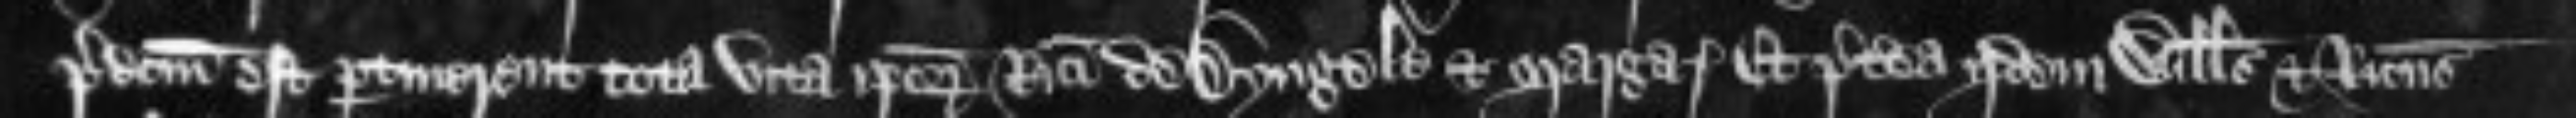
predictum est pertinerent tota vita ipsorum Ricardi de Dyngele et Margarete Et praeterea iidem Willelmus et Ricardus